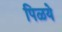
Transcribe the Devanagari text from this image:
पिळये